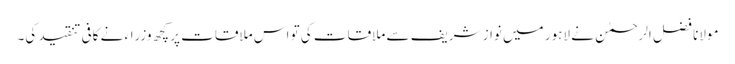
مولانا فضل الرحمٰن نے لاہور میں نواز شریف سے ملاقات کی تو اس ملاقات پر کچھ وزراء نے کافی تنقید کی۔